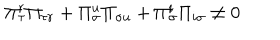
\Pi _ { \tau } ^ { r } \Pi _ { \tau r } + \Pi _ { \sigma } ^ { u } \Pi _ { \sigma u } + \Pi _ { \sigma } ^ { i } \Pi _ { i \sigma } \neq 0